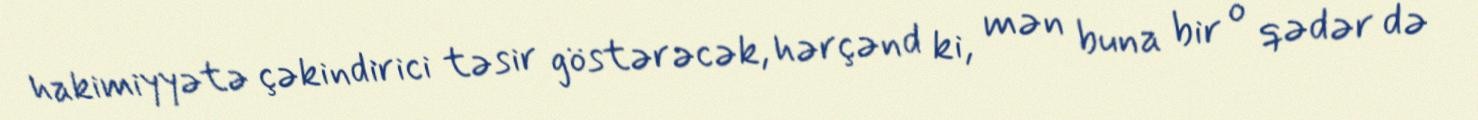
hakimiyyətə çəkindirici təsir göstərəcək, hərçənd ki, mən buna bir o qədər də